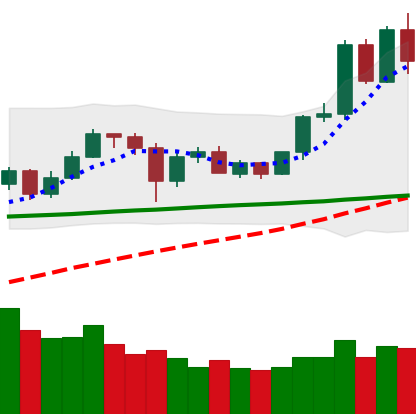
Ticker: ETH-USD
Chart end date: 2020-06-02
Forward return: 3.351%
Label: up_3_5